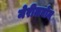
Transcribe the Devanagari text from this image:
मेरीलबोन